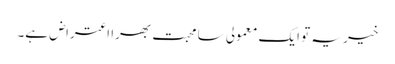
خیر یہ تو ایک معمولی سا محبت بھرا اعتراض ہے۔